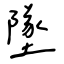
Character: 墜